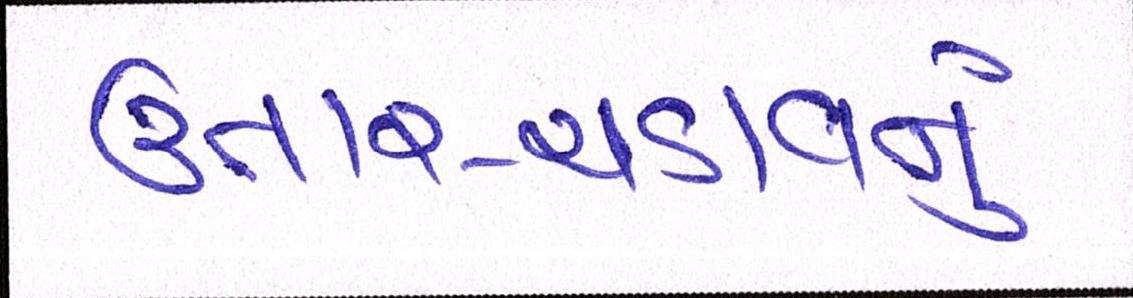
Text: ઉતાર-ચડાવનું